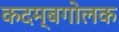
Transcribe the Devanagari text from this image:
कदम्बगोलक